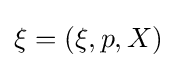
\xi =(\xi ,p,X)